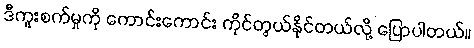
ဒီကူးစက်မှုကို ကောင်းကောင်း ကိုင်တွယ်နိုင်တယ်လို့ ပြောပါတယ်။